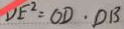
D E ^ { 2 } = O D \cdot D B